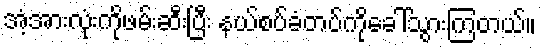
အံ့အားလုံးကိုဖမ်းဆီးပြီး နယ်စပ်ခံတပ်ကိုခေါ်သွားကြတယ်။